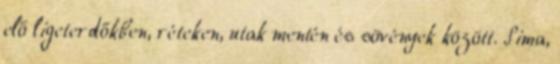
elő ligeterdőkben, réteken, utak mentén és sövények között. Sima,